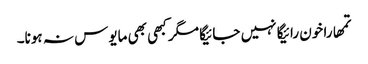
تمھارا خون رائیگا نہیں جائیگا مگر کبھی بھی مایوس نہ ہونا۔